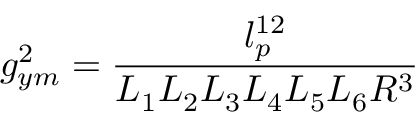
g _ { y m } ^ { 2 } = \frac { l _ { p } ^ { 1 2 } } { L _ { 1 } L _ { 2 } L _ { 3 } L _ { 4 } L _ { 5 } L _ { 6 } R ^ { 3 } }